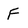
Character: F